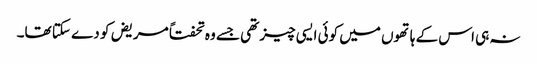
نہ ہی اس کے ہاتھوں میں کوئی ایسی چیز تھی جسے وہ تحفتاً مریض کو دے سکتا تھا۔